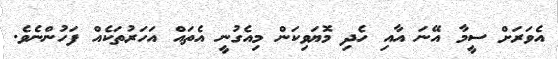
އެވަރަށް ސީމާ އޭނަ އާއި ހެދި މޮޔަވިކަން މިއެގުނީ އެތައް އަހަރުތަކެއް ފަހުންނެވެ.